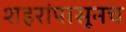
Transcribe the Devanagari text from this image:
शहरांपासूनच